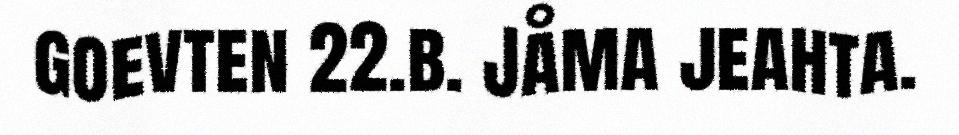
goevten 22.b. Jåma jeahta.